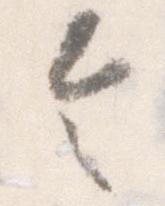
令